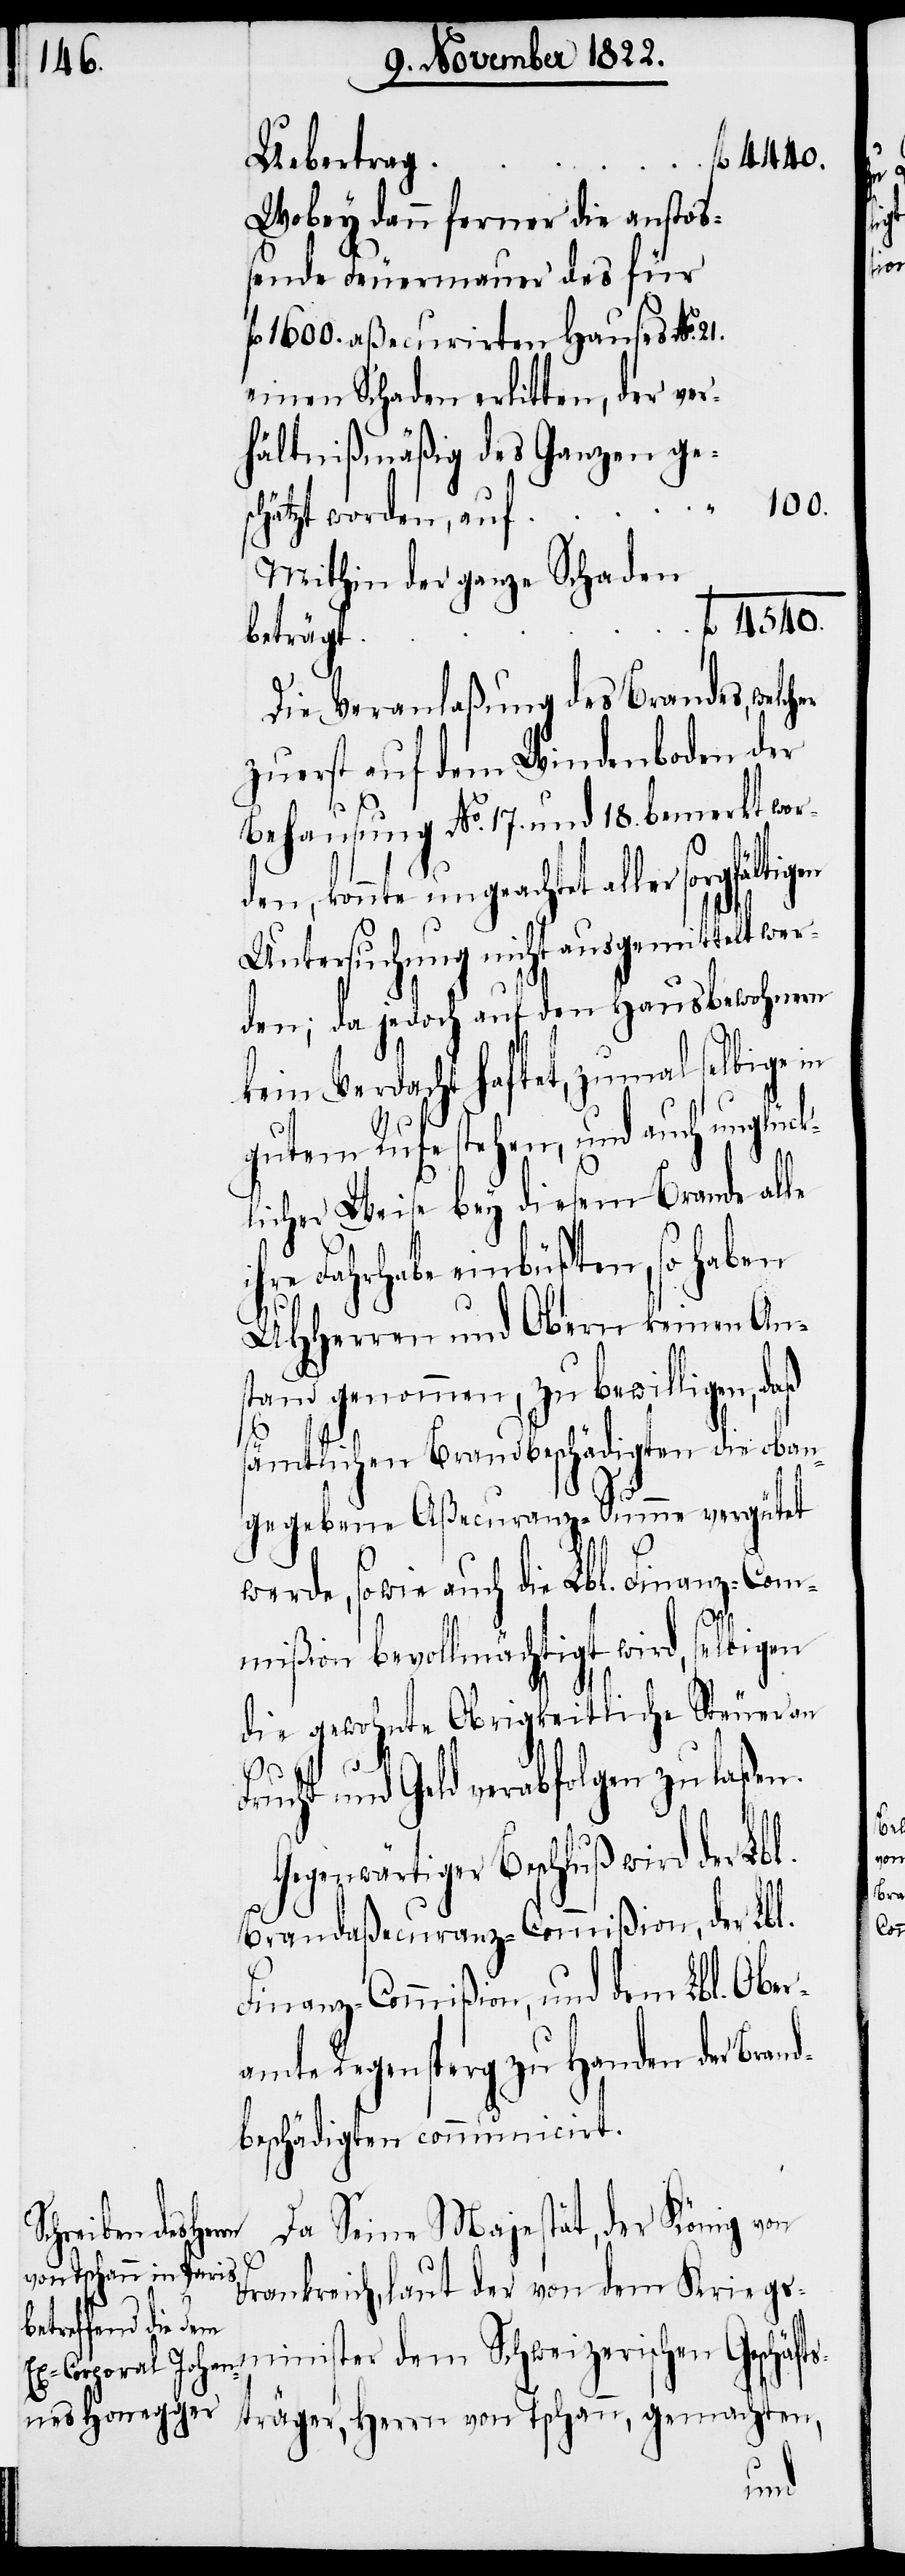
100.

chätzt worden,

4540.
Wobey dann ferner die anstoß¬
ende Feuermauer des für
fl. 1600. aßecurirten Hauses No.
einen Schaden erlitten, der ver¬
hältnißmäßig des Ganzen ges¬
Mithin der ganze Schaden
beträgt
Die Veranlaßung des Brandes, welch¬
zuerst auf dem Windenboden der
Behausung No. 17. und 18. bemerkt word¬
en, konnte ungeachtet aller
Untersuchung nicht ausgemittelt wer¬
den; da jedoch auf den Hausbewohnern
kein Verdacht haftet, zumal selbige
gutem Rufe stehen, und auch unglück¬
licher Weise bey diesem Brande alle
ihre Fahrhabe einbüßten, so haben
UHHerren und Obern keinen An¬
stand genommen, zu bewilligen, daß
er
sämtlichen Brandbeschädigten die oben
gegebene Aßecuranz-Summe vergütet
werde, so wie auch die Lbl. Finanz-Com¬
mißion bevollmächtigt wird, selbigen
die gewohnte obrigkeitliche Steuer an
Frucht und Geld verabfolgen zu laßen.
Gegenwärtiger Beschluß wird der Lbl.
Brandaßecuranz-Commißion, der Lbl.
Finanz-Commißion und dem Lbl. Ober¬
amte Regensperg zu Handen der Brand¬
beschädigten communicirt.
Da Seine Majestät, der König von
Frankreich, laut der von dem Kriegs¬
minister dem Schweizerischen Geschäft¬
sträger, Herrn von Tschann, gemachten,